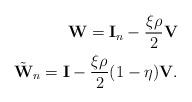
LaTeX: \begin{align*}\mathbf{W} = \mathbf{I}_n - \frac{\xi \rho}{2}\mathbf{V} \\\tilde{\mathbf{W}}_n = \mathbf{I} - \frac{\xi \rho}{2}(1-\eta)\mathbf{V}.\end{align*}